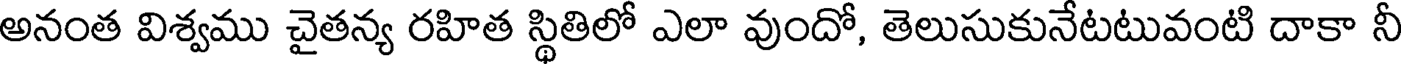
అనంత విశ్వము చైతన్య రహిత స్థితిలో ఎలా వుందో, తెలుసుకునేటటువంటి దాకా నీ